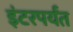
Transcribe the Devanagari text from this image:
इंटरपर्यंत